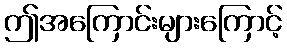
ဤအကြောင်းများကြောင့်